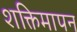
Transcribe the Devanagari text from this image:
शक्तिमापन